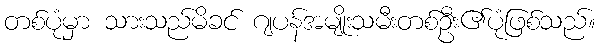
တစ်ပုံမှာ သားသည်မိခင် ဂျပန်အမျိုးသမီးတစ်ဦး၏ပုံဖြစ်သည်။